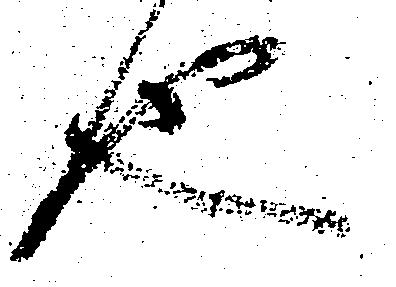
也